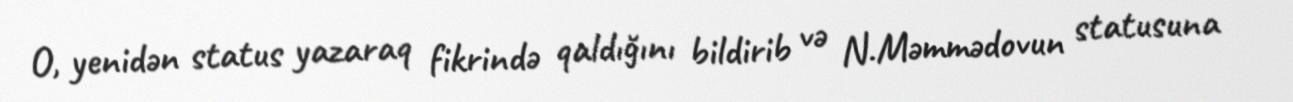
O, yenidən status yazaraq fikrində qaldığını bildirib və N.Məmmədovun statusuna